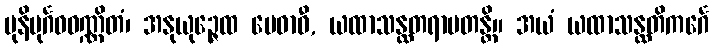
မုနိပုင်္ဂဝဝဏ္ဏိတံ၊ အနုယုဉ္ဇေထ မေဓာဝီ, ယထာသန္ထတရာမတန္တိ။ အယံ ယထာသန္ထတိကင်္ဂေ